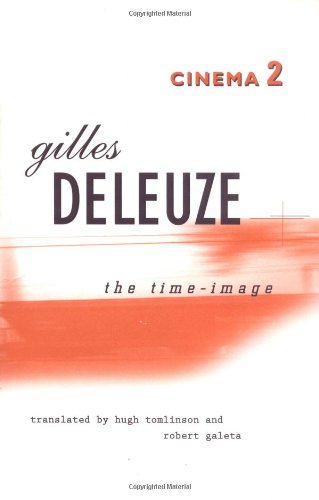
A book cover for The Time-Image (Cinema ); Gilles Deleuze; Humor & Entertainment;